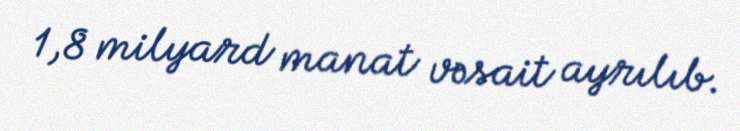
1,8 milyard manat vəsait ayrılıb.